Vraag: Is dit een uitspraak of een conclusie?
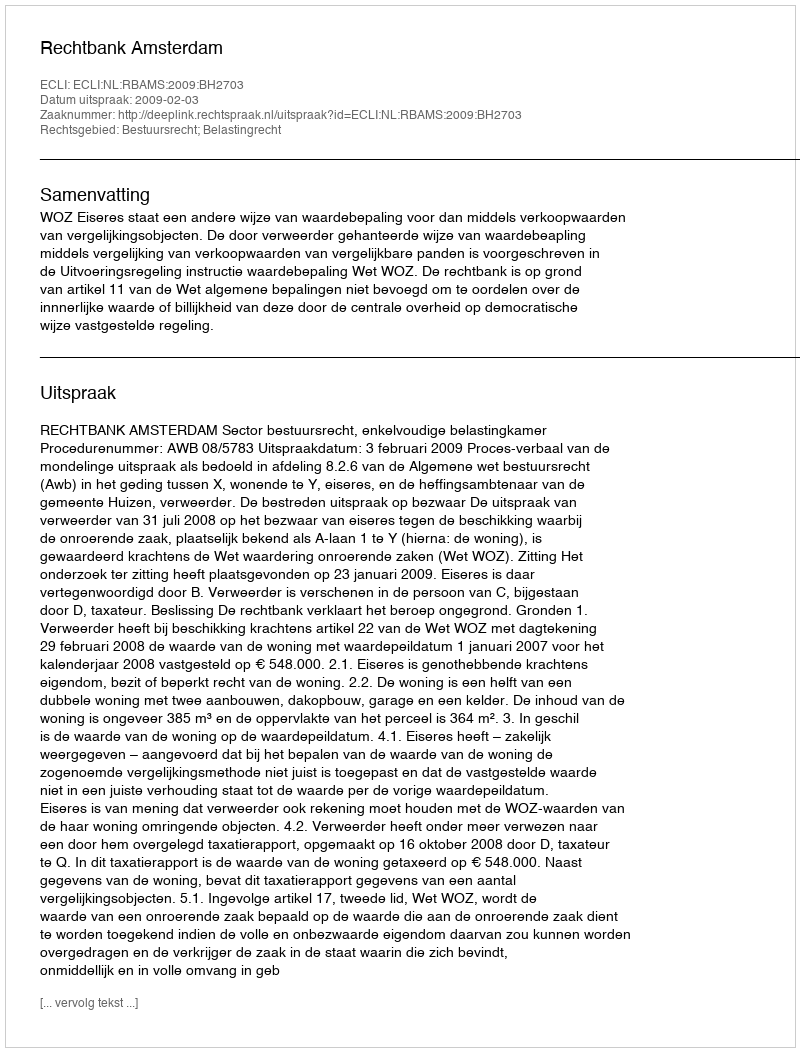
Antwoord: Uitspraak